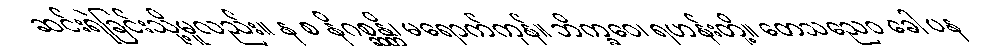
ဆင်းရဲခြင်းသို့မူလည်း။ န စ နိဂစ္ဆန္တိ၊ မရောက်ကုန်။ ဘိက္ခဝေ၊ ရဟန်းတို့။ တေသညေဝ ခေါ ပန